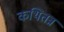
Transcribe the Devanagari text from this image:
कथितन्न